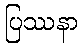
ပြဿနာ